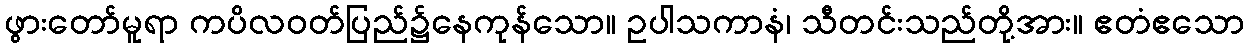
ဖွားတော်မူရာ ကပိလဝတ်ပြည်၌နေကုန်သော။ ဥပါသကာနံ၊ သီတင်းသည်တို့အား။ ဧတံဧသော